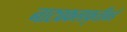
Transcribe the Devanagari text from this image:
नाट्यकलाकृतींकडे